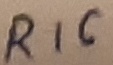
Text: R16